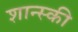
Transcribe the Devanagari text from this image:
शान्स्की